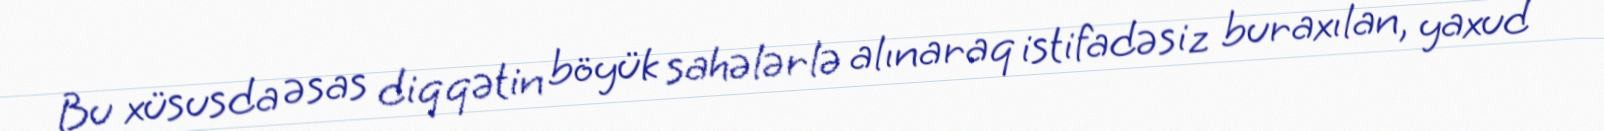
Bu xüsusda əsas diqqətin böyük sahələrlə alınaraq istifadəsiz buraxılan, yaxud